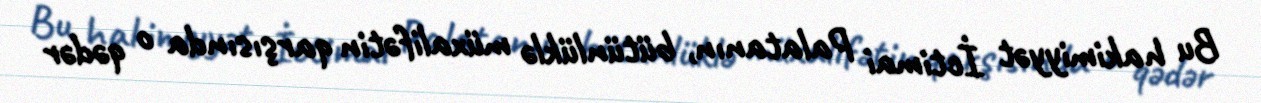
Bu hakimiyyət İctimai Palatanın, bütünlüklə müxalifətin qarşısında o qədər